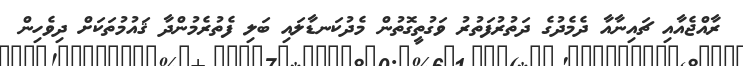
ރާއްޖެއާއި ޗައިނާއާ ދެމެދުގެ ދަތުރުފަތުރު ވަގުތީގޮތުން މެދުކަނޑާލައި ބަލި ފެތުރެމުންދާ ޤައުމުތަކަށް ދިވެހިން